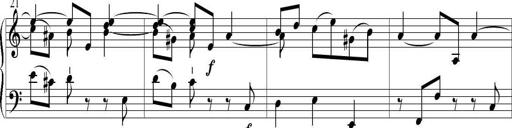
Title: 6 Leichte Sonatinen, Teil 1
Composer: F. Sigismund Sander